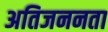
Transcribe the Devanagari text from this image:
अतिजननता